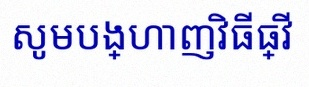
សូមបង្ហាញវិធីធ្វើ